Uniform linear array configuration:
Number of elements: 64
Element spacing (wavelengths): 0.25
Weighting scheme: binomial
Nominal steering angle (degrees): -30
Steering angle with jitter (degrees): -29.894
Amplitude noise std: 0.05
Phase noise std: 0.05

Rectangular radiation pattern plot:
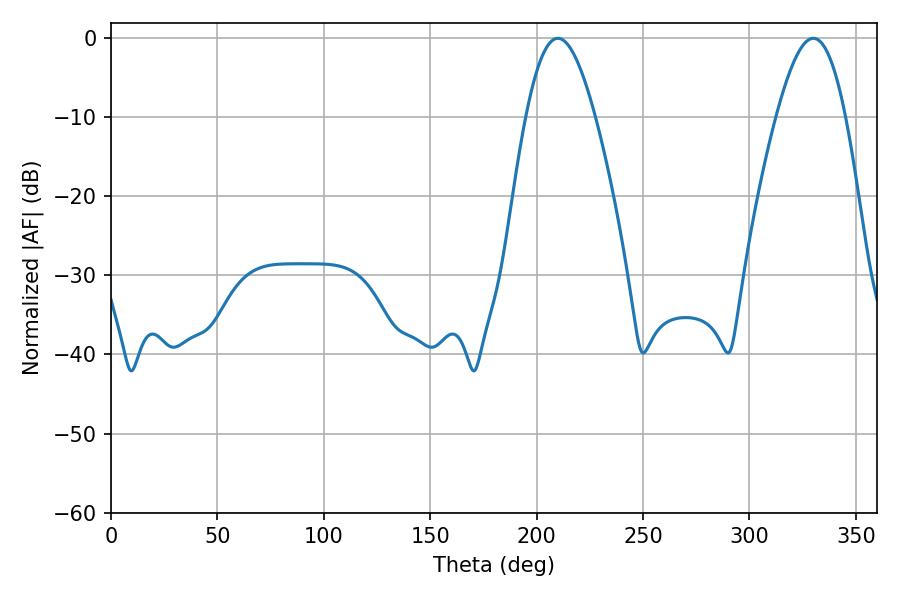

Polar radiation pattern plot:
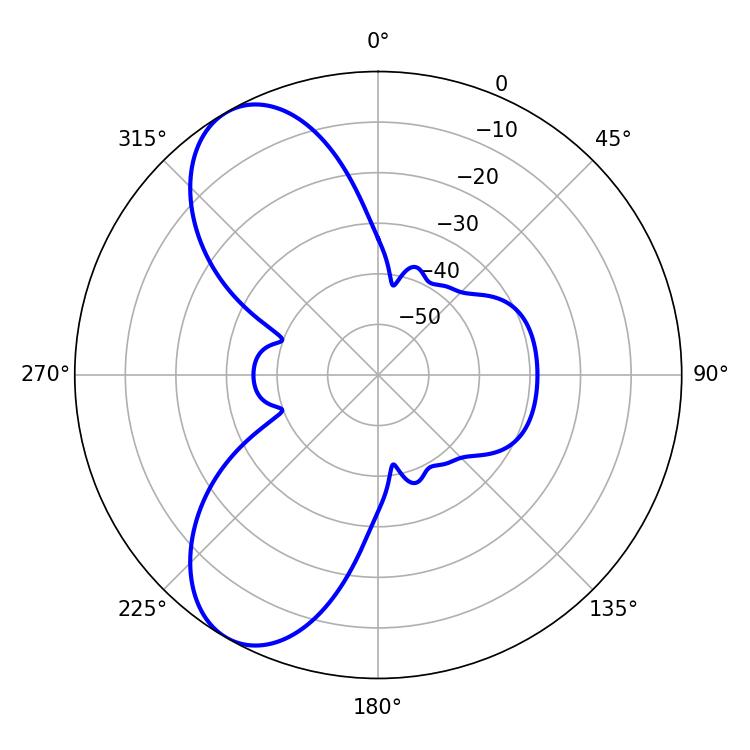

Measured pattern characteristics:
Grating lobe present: FALSE
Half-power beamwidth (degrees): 17.46
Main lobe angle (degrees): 329.94